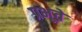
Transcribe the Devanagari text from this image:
प्रभूते